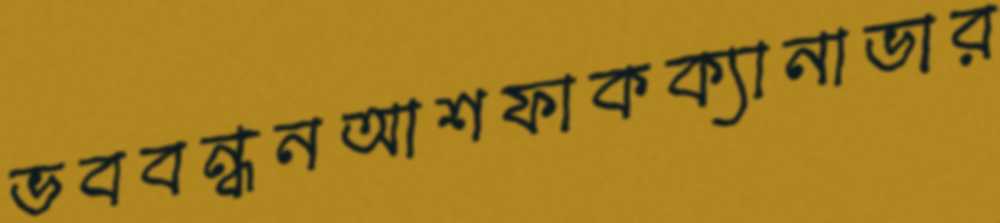
ভববন্ধনআশফাকক্যানাভার